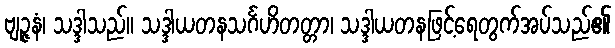
ဗျဉ္ဇနံ၊ သဒ္ဒါသည်။ သဒ္ဒါယတနသင်္ဂဟိတတ္တာ၊ သဒ္ဒါယတနဖြင့်ရေတွက်အပ်သည်၏